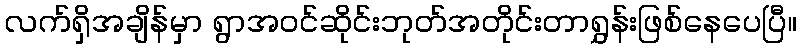
လက်ရှိအချိန်မှာ ရွာအဝင်ဆိုင်းဘုတ်အတိုင်းတာရွှန်းဖြစ်နေပေပြီ။